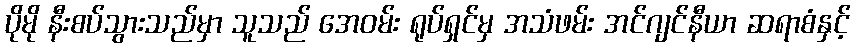
ပိုမို နီးစပ်သွားသည်မှာ သူသည် အေဝမ်း ရုပ်ရှင်မှ အသံဖမ်း အင်ဂျင်နီယာ ဆရာစံနှင့်